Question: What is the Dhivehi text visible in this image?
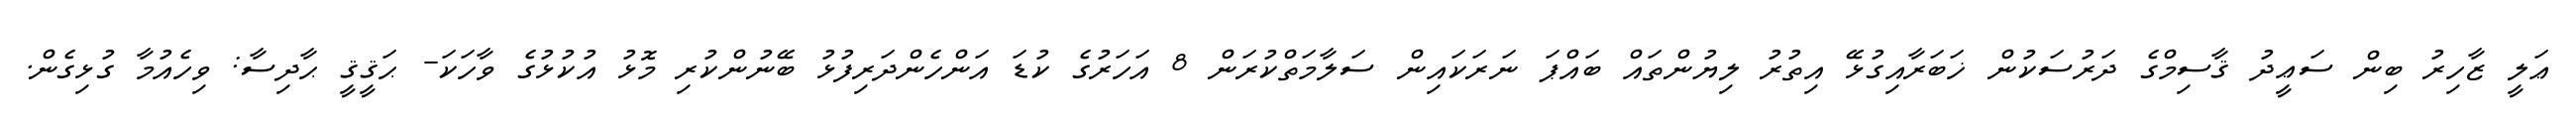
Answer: ޢަލީ ޒާހިރު ބިން ސަޢީދު ޤާސިމްގެ ދަރުސަކުން ޚަބަރާއިގުޅޭ އިތުރު ލިޔުންތައް ބައްޕަ ނަރަކައިން ސަލާމަތްކުރަން 8 އަހަރުގެ ކުޑަ އަންހެންދަރިފުޅު ބޭނުންކުރި މޮޅު އުކުޅުގެ ވާހަކަ- ޙަޤީޤީ ޙާދިސާ: ވިހެއުމާ ގުޅިގެން.